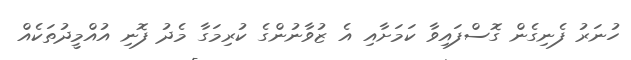
ހުނަރު ފެނިގެން ގޮސްފައިވާ ކަމަށާއި އެ ޒުވާނުންގެ ކުރިމަގާ މެދު ފޮނި އުއްމީދުތަކެއް